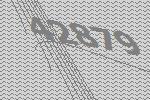
42879